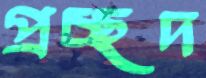
প্রচ্ছদ